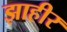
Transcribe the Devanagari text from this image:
झाहीर